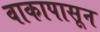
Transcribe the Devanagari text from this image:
वाकापासून